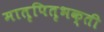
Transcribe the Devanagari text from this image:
मातृपितृभक्ती